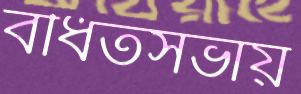
বর্ধিতসভায়